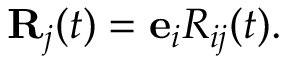
\begin{array} { r } { { \bf R } _ { j } ( t ) = { \bf e } _ { i } R _ { i j } ( t ) . } \end{array}